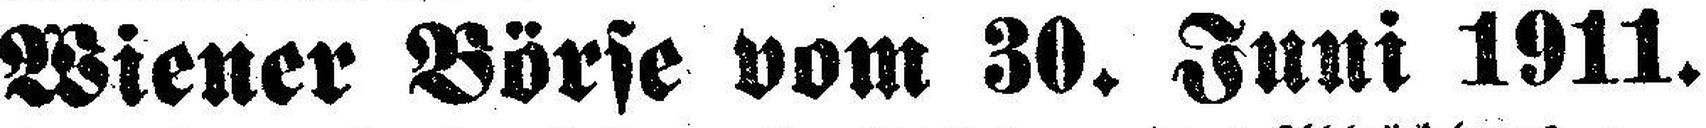
Wiener Börse vom 30. Juni 1911.